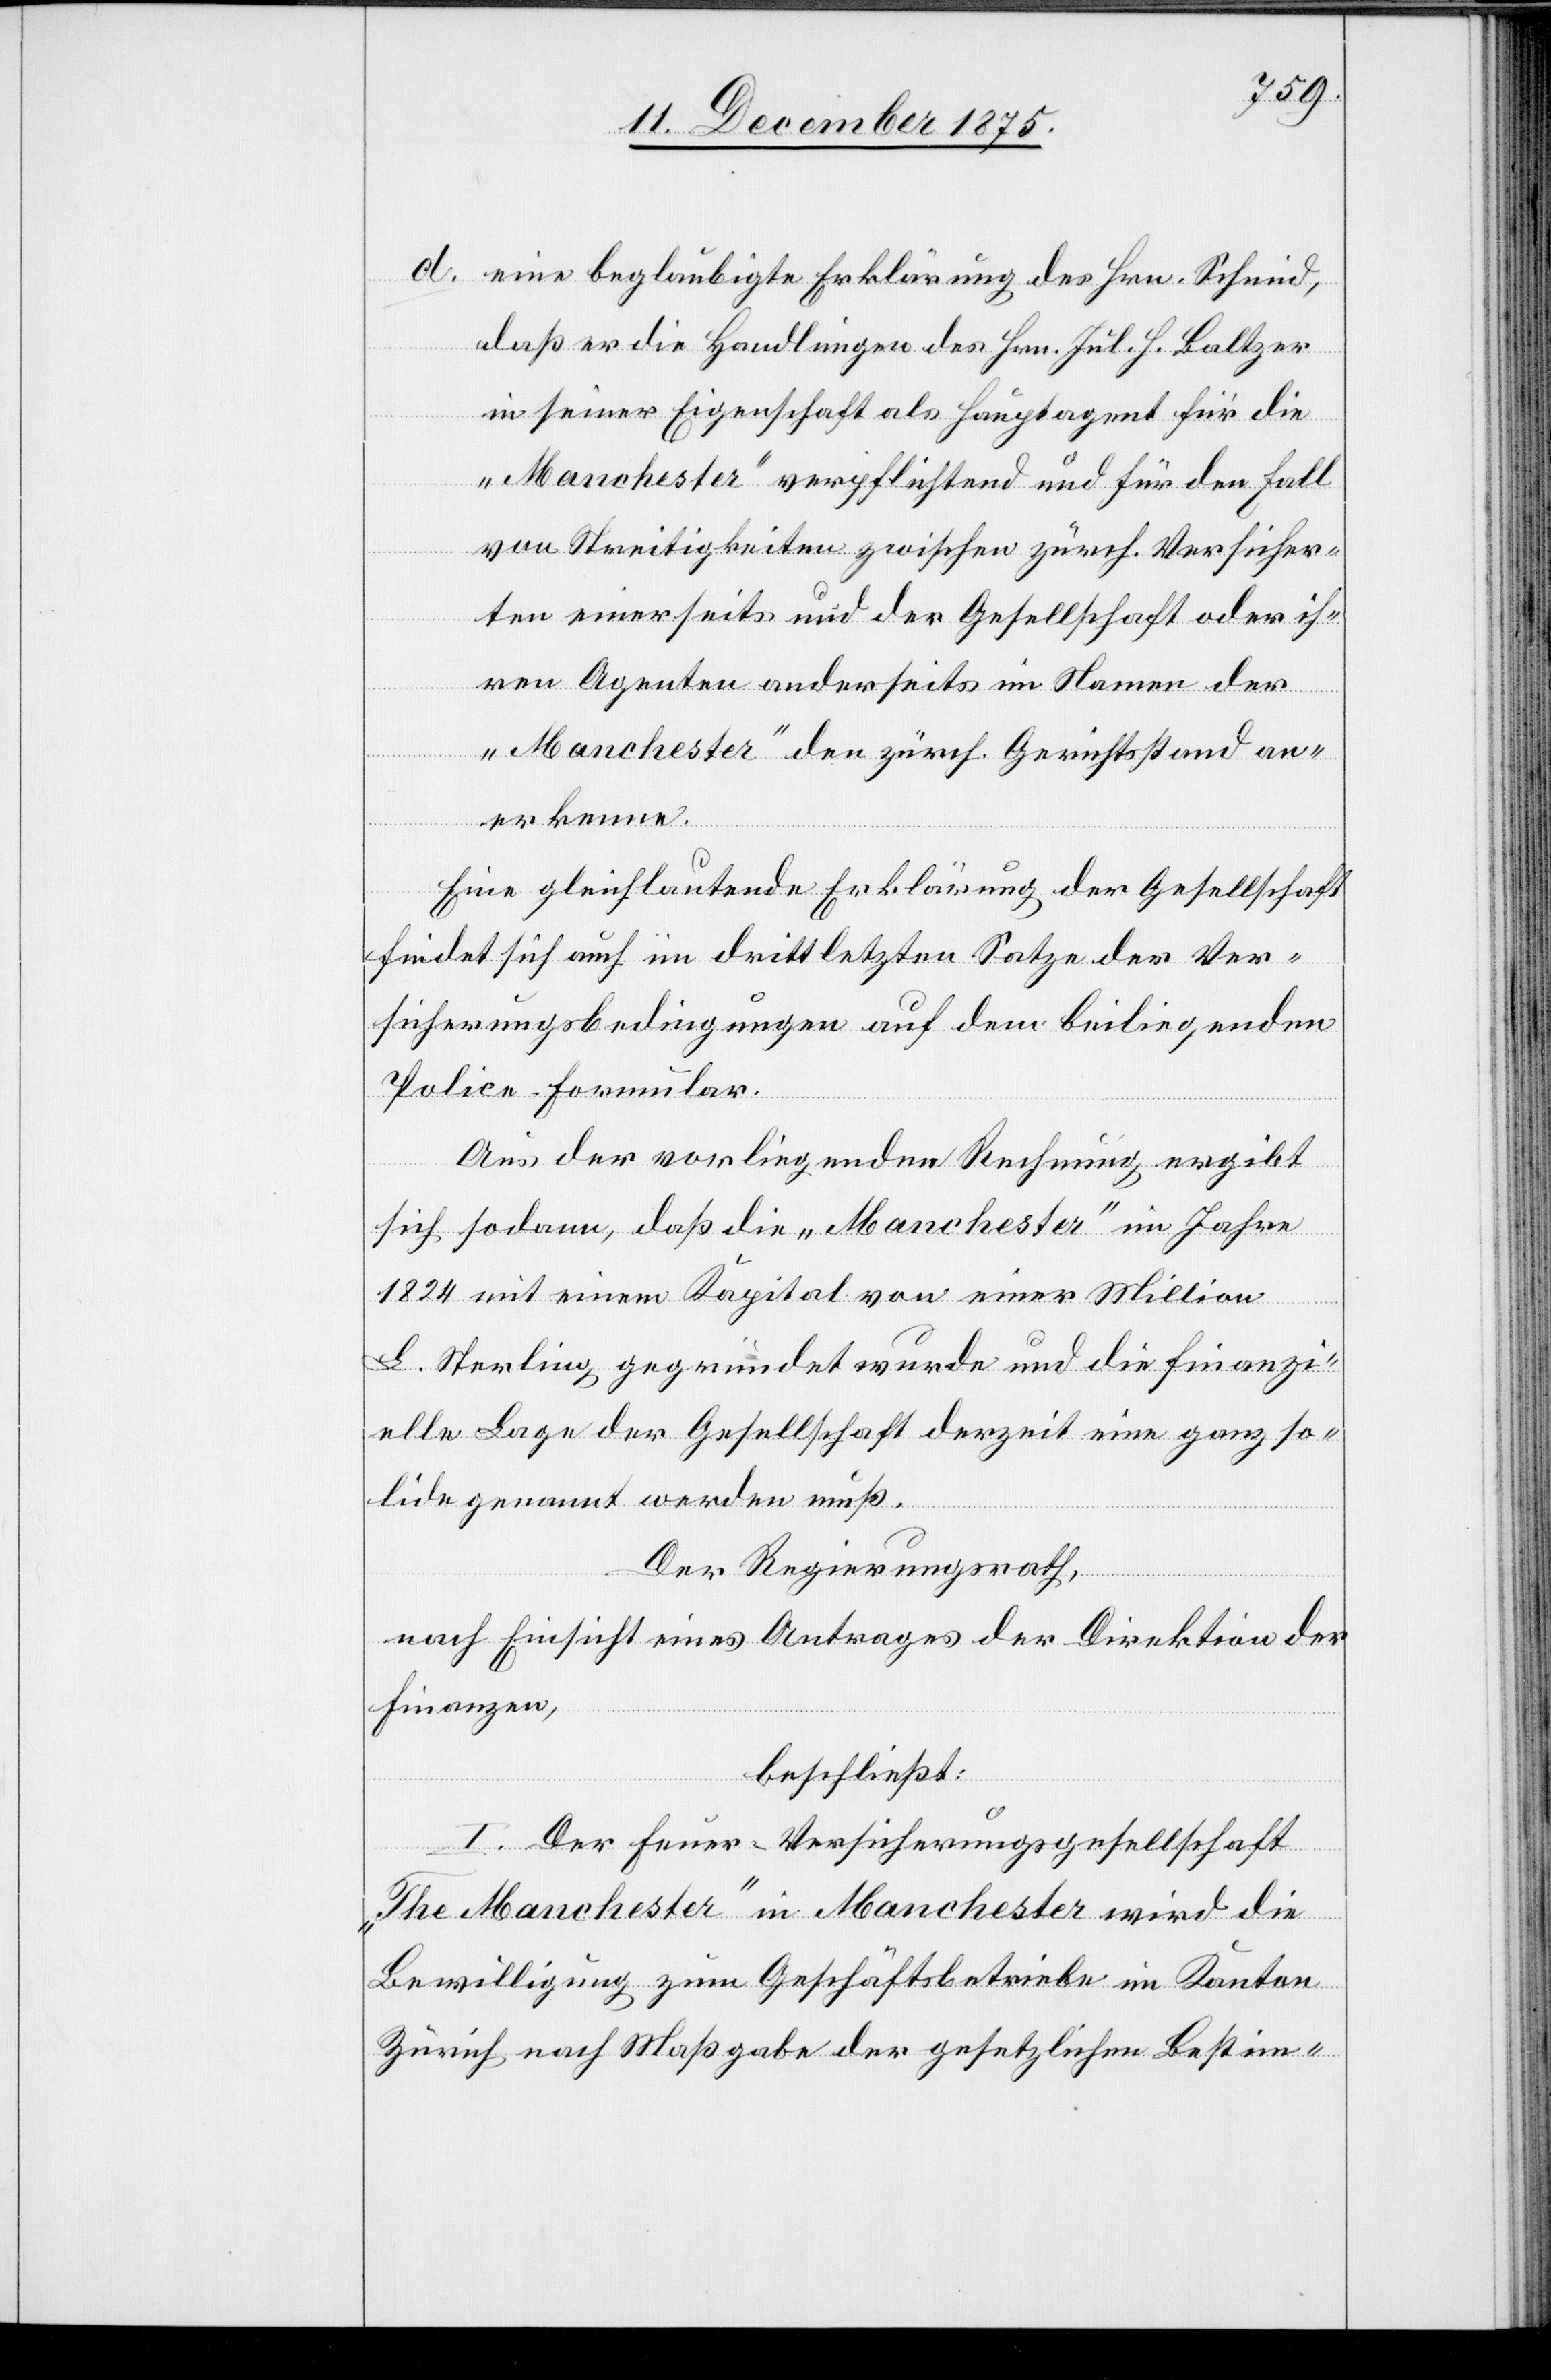
d. eine beglaubigte Erklärung des Hrn. Schmid,
daß er die Handlungen des Hrn. Jul. H. Baltzer
in seiner Eigenschaft als Hauptagent für die
„Manchester“ verpflichtend und für den Fall
von Streitigkeiten zwischen zürch. Versicher¬
ten einerseits und der Gesellschaft oder ih¬
ren Agenten anderseits im Namen der
„Manchester“ den zürch. Gerichtsstand an¬
erkenne.
Eine gleichlautende Erklärung der Gesellschaft
findet sich auch im drittletzten Satze der Ver¬
sicherungsbedingungen auf dem beiliegenden
Police-Formular.
Aus der vorliegenden Rechnung ergibt
sich sodann, daß die „Manchester“ im Jahre
1824 mit einem Kapital von einer Million
£ Sterling gegründet wurde und die finanzi¬
elle Lage der Gesellschaft derzeit eine ganz so¬
lide genannt werden muß.
Der Regierungsrath,
nach Einsicht eines Antrages der Direktion der
Finanzen,
beschließt:
I. Der Feuer-Versicherungsgesellschaft
„The Manchester“ in Manchester wird die
Bewilligung zum Geschäftsbetrieb im Kanton
Zürich nach Maßgabe der gesetzlichen Bestim-